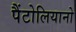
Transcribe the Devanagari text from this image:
पैंटोलियानो